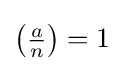
\left({\tfrac {a}{n}}\right)=1